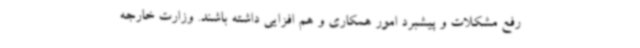
رفع مشکلات و پیشبرد امور همکاری و هم افزایی داشته باشند. وزارت خارجه